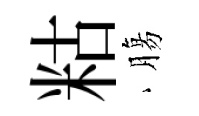
䊀膓